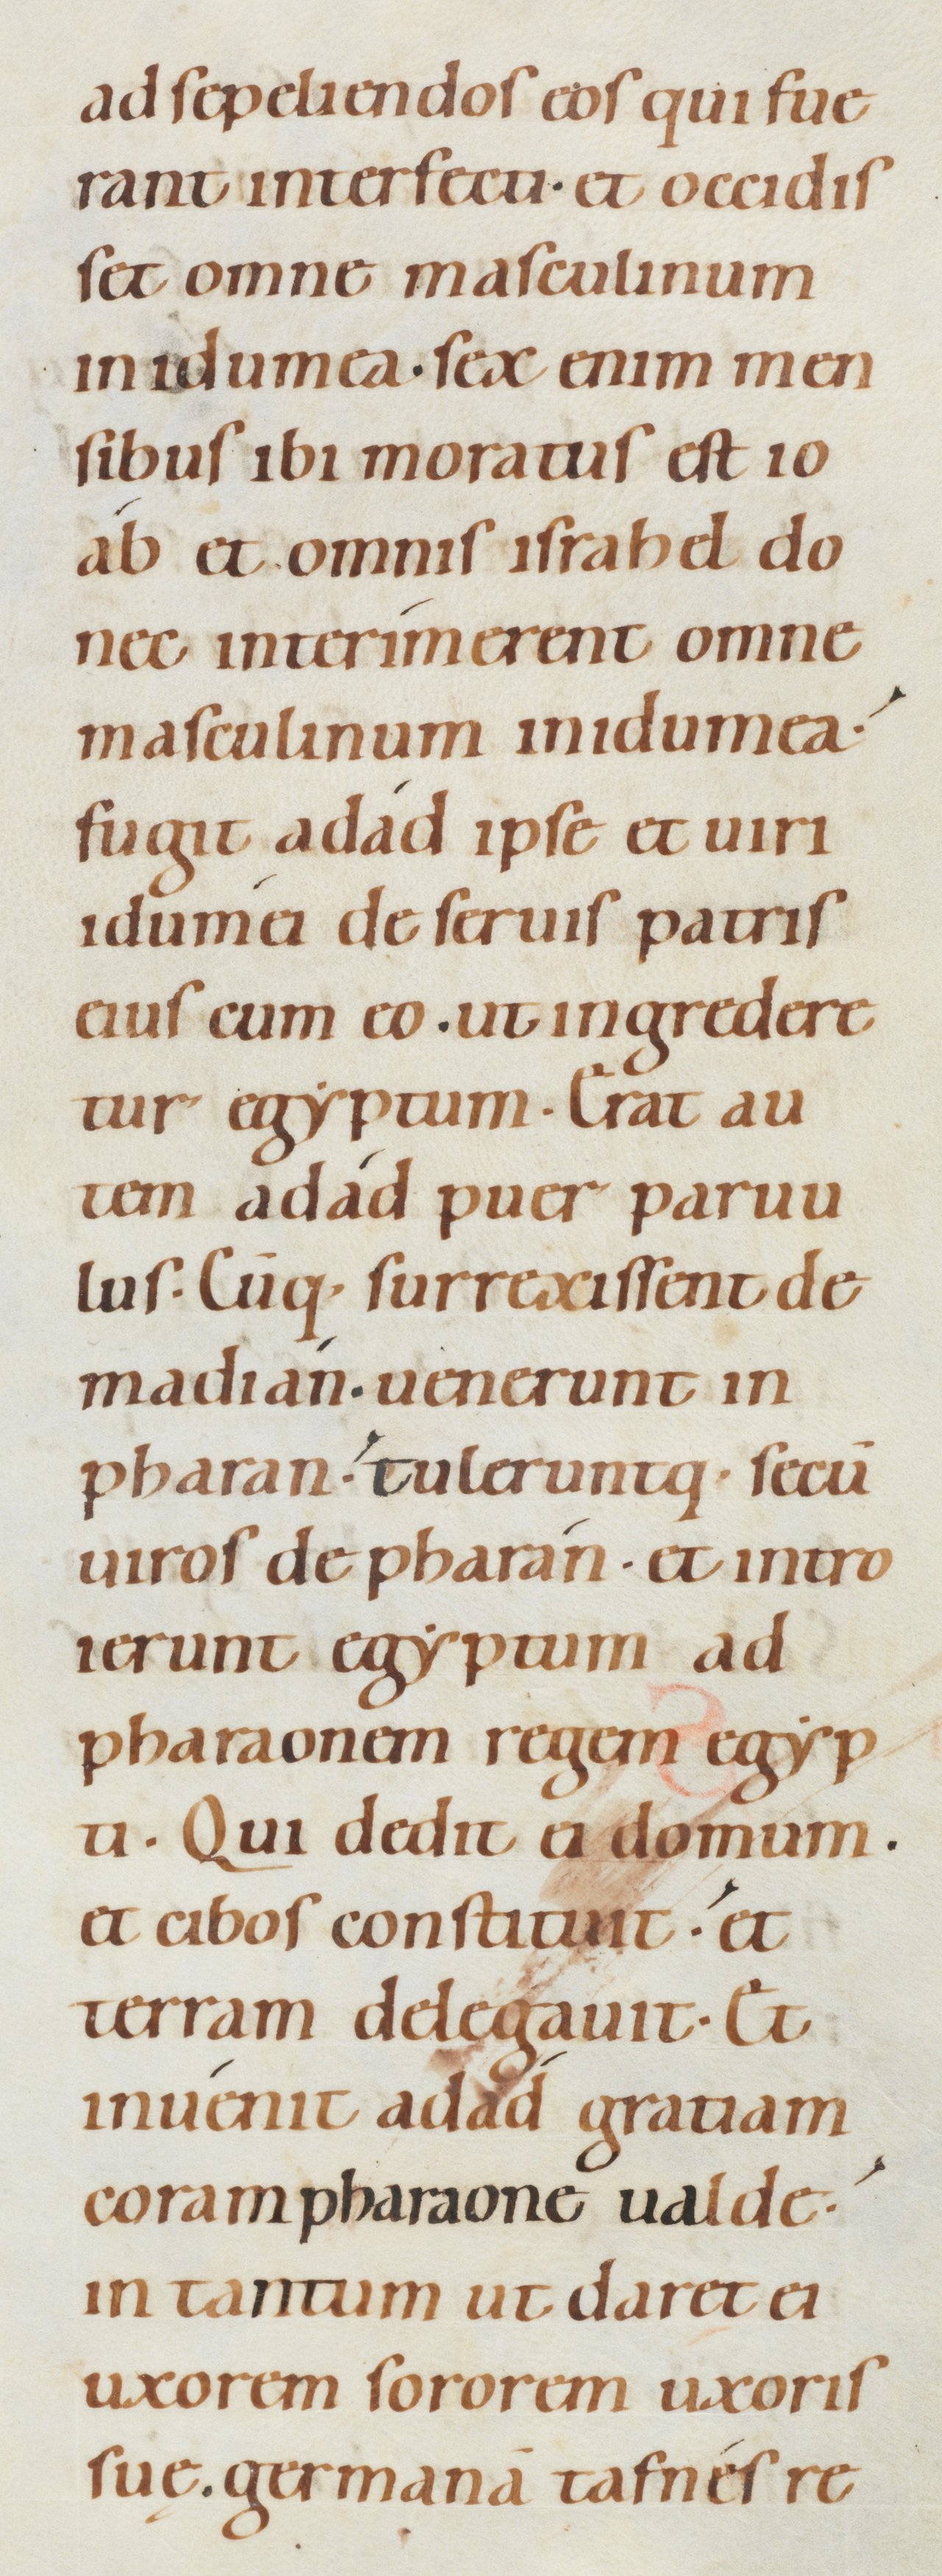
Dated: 1080–1096